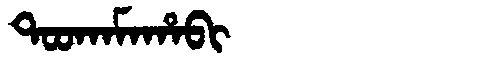
Manchu: ᡨᠣᠣᡴᠠᠮᠠᡥᠠᠪᡳ
Romanization: TOOKAMAHABI